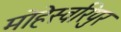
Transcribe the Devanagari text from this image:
मोहेस्वरिपुर